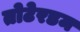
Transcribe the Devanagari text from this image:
तोटेरडम